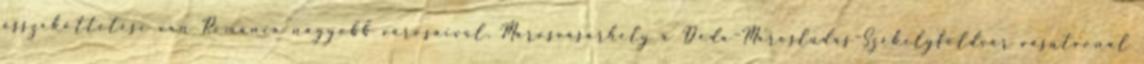
összeköttetése van Románia nagyobb városaival. Marosvásárhely a Déda–Marosludas–Székelyföldvár vasútvonal